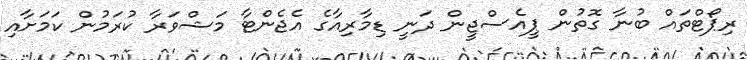
ރިޕޯޓްތައް ބުނާ ގޮތުން ޕީއެސްޖީން ދަނީ ޑިމާރިއާގެ އެޖެންޓާ މަޝްވަރާ ކުރަމުން ކަމަށާއި